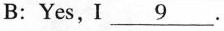
B:Yes, I \underline{9} .